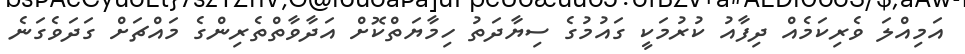
އަމިއްލަ ވެރިކަމެއް ދިފާއު ކުރުމަކީ ގައުމުގެ ސިޔާދަތު ހިމާޔަތްކޮށް އަދާވާތްތެރިންގެ މައްޗަށް ގަދަވެގަނެ